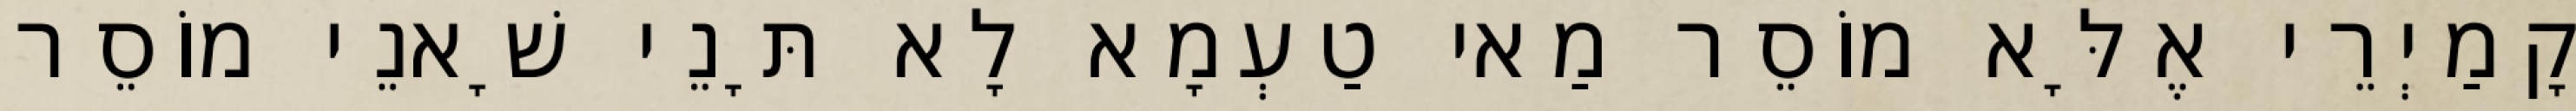
קָמַיְרֵי אֶלָּא מוֹסֵר מַאי טַעְמָא לָא תָּנֵי שָׁאנֵי מוֹסֵר